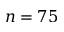
n = 7 5